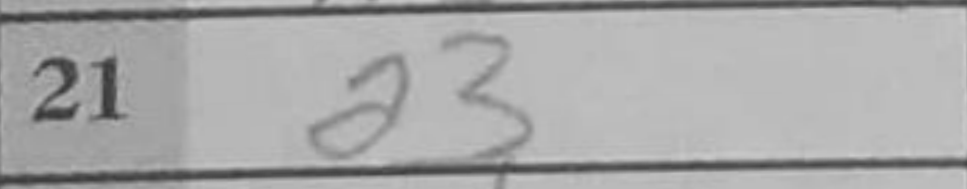
Transcription: a3